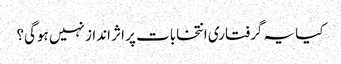
کیا یہ گرفتاری انتخابات پر اثر انداز نہیں ہوگی؟